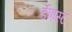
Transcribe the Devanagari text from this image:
डीइस्ट